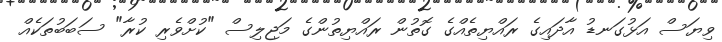
ވިޔަސް އަޅުގަނޑު އާދައިގެ ރައްޔިތެއްގެ ގޮތުން ރައްޔިތުންގެ މަޖިލިސް "ކުށްވެރި ކުރާ" ސަބަބުތަކެއް